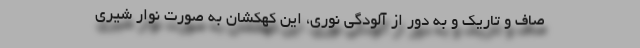
صاف و تاریک و به دور از آلودگی نوری، این کهکشان به صورت نوار شیری